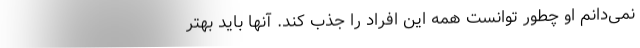
نمی‌دانم او چطور توانست همه این افراد را جذب کند. آنها باید بهتر